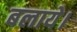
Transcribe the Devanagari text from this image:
बलाये।